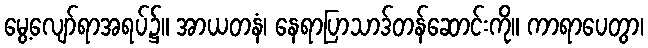
မွေ့လျော်ရာအရပ်၌။ အာယတနံ၊ နေရာပြာသာဒ်တန်ဆောင်းကို။ ကာရာပေတွာ၊